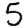
Digit: 5